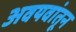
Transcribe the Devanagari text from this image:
अवयवांतून